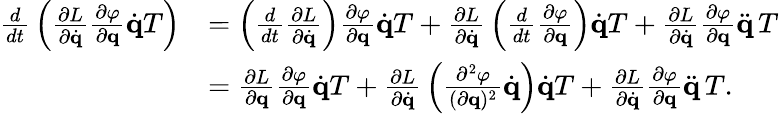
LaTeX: {\begin{array}{rl}{{\frac{d}{dt}}\left({\frac{\partial L}{\partial{\dot{\mathbf{q}}}}}{\frac{\partial\varphi}{\partial\mathbf{q}}}{\dot{\mathbf{q}}}T\right)}&{=\left({\frac{d}{dt}}{\frac{\partial L}{\partial{\dot{\mathbf{q}}}}}\right){\frac{\partial\varphi}{\partial\mathbf{q}}}{\dot{\mathbf{q}}}T+{\frac{\partial L}{\partial{\dot{\mathbf{q}}}}}\left({\frac{d}{dt}}{\frac{\partial\varphi}{\partial\mathbf{q}}}\right){\dot{\mathbf{q}}}T+{\frac{\partial L}{\partial{\dot{\mathbf{q}}}}}{\frac{\partial\varphi}{\partial\mathbf{q}}}{\ddot{\mathbf{q}}}\, T}\\ &{={\frac{\partial L}{\partial\mathbf{q}}}{\frac{\partial\varphi}{\partial\mathbf{q}}}{\dot{\mathbf{q}}}T+{\frac{\partial L}{\partial{\dot{\mathbf{q}}}}}\left({\frac{\partial^{2}\varphi}{(\partial\mathbf{q})^{2}}}{\dot{\mathbf{q}}}\right){\dot{\mathbf{q}}}T+{\frac{\partial L}{\partial{\dot{\mathbf{q}}}}}{\frac{\partial\varphi}{\partial\mathbf{q}}}{\ddot{\mathbf{q}}}\, T.}\end{array}}